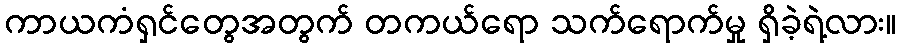
ကာယကံရှင်တွေအတွက် တကယ်ရော သက်ရောက်မှု ရှိခဲ့ရဲ့လား။